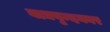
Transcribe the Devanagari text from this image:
वाद्यवृन्दकार